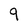
Character: 9